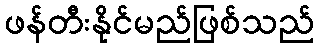
ဖန်တီးနိုင်မည်ဖြစ်သည်